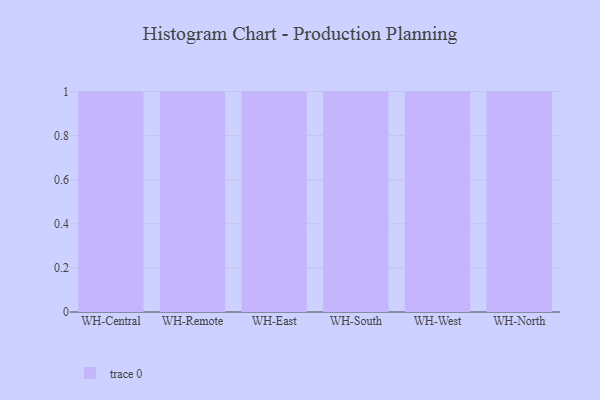
{"axis": {"x": "Warehouse", "y": "Operating Costs (USD K)"}, "legend": [""], "data": [{"x": "WH-Central", "y": 78, "type": ""}, {"x": "WH-Remote", "y": 57, "type": ""}, {"x": "WH-East", "y": 37, "type": ""}, {"x": "WH-South", "y": 50, "type": ""}, {"x": "WH-West", "y": 66, "type": ""}, {"x": "WH-North", "y": 13, "type": ""}]}